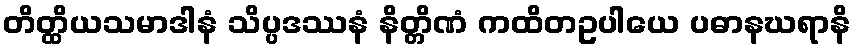
တိတ္ထိယသမာဒါနံ သိပ္ပဒဿနံ နိတ္တိဏံ ကထိတဥပါယေ ပဓာနဃရာနိ